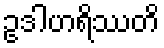
ဥဒါဟရိဿတိ